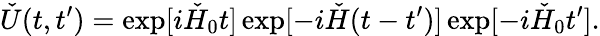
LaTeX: \check{U}(t,t^{\prime})=\exp[i\check{H}_{0}t]\exp[-i\check{H}(t-t^{\prime})]\exp[-i\check{H}_{0}t^{\prime}].